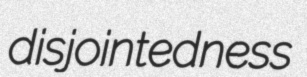
disjointedness